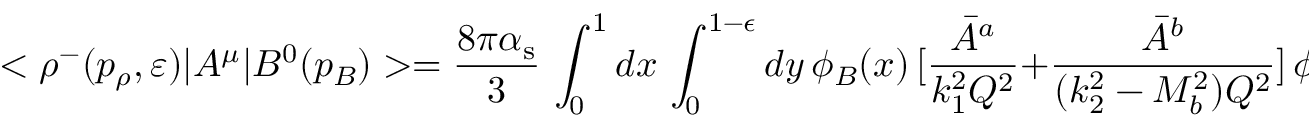
< \rho ^ { - } ( p _ { \rho } , \varepsilon ) | A ^ { \mu } | B ^ { 0 } ( p _ { B } ) > = { \frac { 8 \pi \alpha _ { \mathrm { s } } } { 3 } } \, \int _ { 0 } ^ { 1 } d x \, \int _ { 0 } ^ { 1 - \epsilon } d y \, \phi _ { B } ( x ) \, [ { \frac { { \bar { A } } ^ { a } } { k _ { 1 } ^ { 2 } Q ^ { 2 } } } + { \frac { { \bar { A } } ^ { b } } { ( k _ { 2 } ^ { 2 } - M _ { b } ^ { 2 } ) Q ^ { 2 } } } ] \, \phi _ { \rho } ( y ) ,